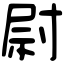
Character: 尉